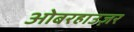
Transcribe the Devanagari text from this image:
ओबरहाउज़र